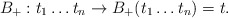
\begin{align*}B_+: t_1\ldots t_n\to B_+(t_1\ldots t_n)=t.\end{align*}